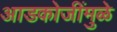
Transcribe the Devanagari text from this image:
आडकोजींमुळे